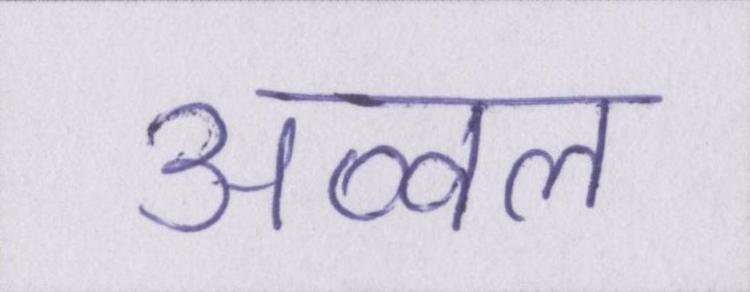
अव्वल